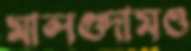
মালগুদামও